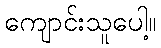
ကျောင်းသူပေါ့။